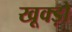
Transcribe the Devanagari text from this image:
खूक्ड़ो